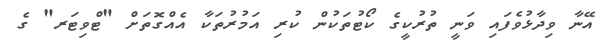
އޭނާ ވިދާޅުވެފައި ވަނީ ތުރުކީގެ ކޯޓުތަކުން ކުރި އަމުރުތަކާ އެއްގޮތަށް "ޓްވިޓަރ" ގެ